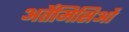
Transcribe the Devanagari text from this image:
अर्तेमिसिओं